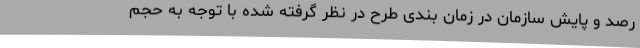
رصد و پایش سازمان در زمان بندی طرح در نظر گرفته شده با توجه به حجم